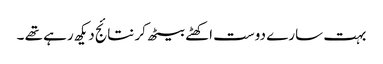
بہت سارے دوست اکھٹے بیٹھ کر نتائج دیکھ رہے تھے ۔